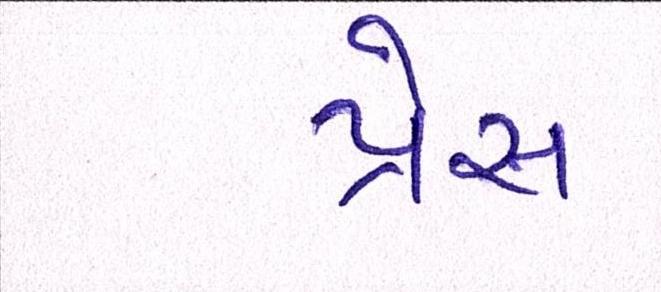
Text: પ્રેસ